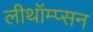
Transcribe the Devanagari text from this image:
लीथॉम्प्सन